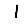
Digit: 1